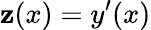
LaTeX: \mathbf{z}(x)=y^{\prime}(x)